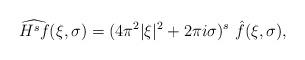
LaTeX: \begin{align*}\widehat{H^s f}(\xi,\sigma) = (4\pi^2 |\xi|^2 + 2\pi i \sigma)^s\ \hat f(\xi,\sigma),\end{align*}